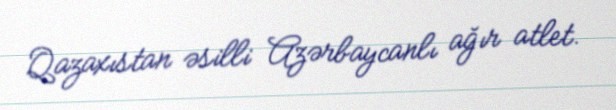
Qazaxıstan əsilli Azərbaycanlı ağır atlet.